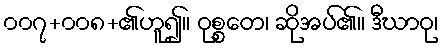
၀၀၇+၀၀၈+၏ဟူ၍။ ဝုစ္စတေ၊ ဆိုအပ်၏။ ဒီဃာဝု၊